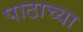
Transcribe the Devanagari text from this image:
पाठाच्या